Report on the cultivation and use of ganja
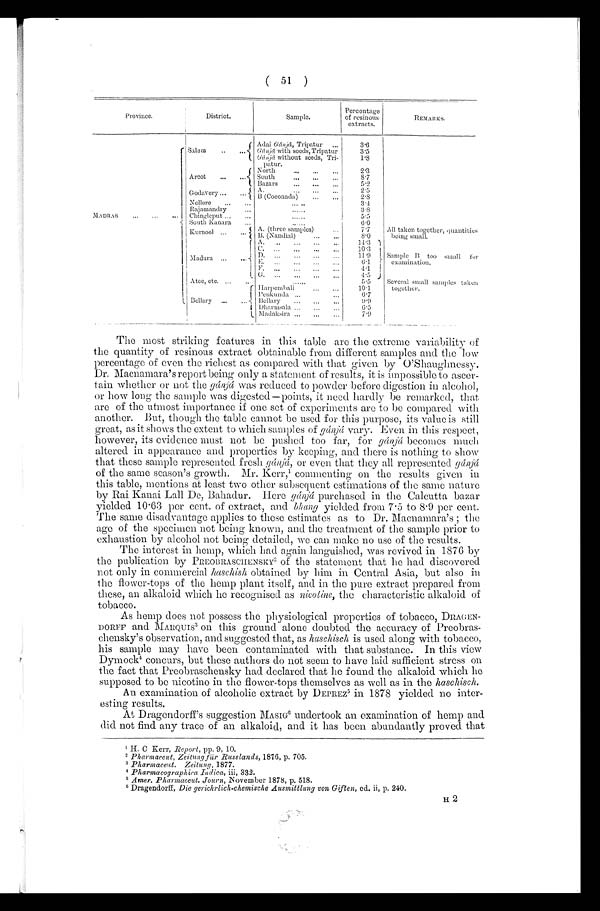
( 5 1 )
Province.
District.
Sample.
Percentage
of resinous
extracts.
REMARKS.
MADRAS . . .
Salem . . .
Ad a iGá n j a , Tr i pa t ur . . .
3.6
G á n j a w i t h s e e d s T r i p a t u r
3.5
Gánja without seeds, Tri-
patur.
1.8
Arcot . . .
2.3
North . . .
South . . .
8.7
Bazars . . .
5.2
Godavery . . .
A . . . .
2.5
B (Coconada) . . .
2.8
Nellore . . .
. . .
3.4
Rajamandry . . .
. . .
i
3.8
Chingleput . . .
. . .
5.5
South Kanara . . .
. . .
6.0
Kurnool . . .
A. (three samples) . . .
7.7
All taken together,
being small.
B., (Nandial) . . .
8.0
Madura . . .
A. . . .
14.3
Sample B too
examination.
C. . . .
10.3
D . . . .
11.9
E. . . .
6.1
F. . . .
4 . 1
G. . . .
4 .5
Atee, etc. . . .
. . .
5.5
Several small samples taken
together.
Bellary . . .
Ha rpembali . . .
10.1
Penkunda . . .
6.7
Bellary . . .
9.9
Dharmsala . . .
6-5
Madaksira . . .
7.9
The most striking features in this table are the extreme variability of
the quantity of resinous extract obtainable from different samples and the low
percentage of even the richest as compared with that given by O'Shaughnessy.
Dr. Macnamara's report being only a statement of results, it is impossible to ascer
- t a i n w h e t h e r o r n o t t h e g án
j á
w a s r e d u c e d t o p o w d e r b e f o r e d i g e s t i o n i n a l c o h o l ,
or how long the sample was digested—points, it need hardly be remarked, that
are of the utmost importance if one set of experiments are to be compared with
another. But, though the table cannot be used for this purpose, its value is still
great, as it shows the extent to which samples of gánjá vary. Even in this respect,
however, its evidence must not be pushed too far, for gánjá becomes much
altered in appearance and properties by keeping, and there is nothing to show
that these sample represented fresh gánjá, or even that they all represented gánjá
of the same season's growth. Mr. Kerr, 1 commenting on the results given in
this table, mentions at least two other subsequent estimations of the same nature
by Rai Kanai Lall De, Bahadur. Here gánjá purchased in the Calcutta bazar
yielded 10.63 per cent. of extract, and bhang yielded from 7 . 5 to 8 . 9 per cent.
The same disadvantage applies to these estimates as to Dr. Macnamara's ; the
age of the specimen not being known, and the treatment of the sample prior to
exhaustion by alcohol not being detailed, we can make no use of the results.
The interest in hemp, which had again languished, was revived in 1876 by
the publication by PREOBRASCHENSKY2 of the statement that lie had discovered
not only in commercial huschish obtained by him in Central Asia, but also in
the flower-tops of the hemp plant itself, and in the pure extract prepared from
these, an alkaloid which he recognised as nicotinc, the characteristic alkaloid of
tobacco.
As hemp does not possess the physiological properties of tobacco, DRAGEN
- D O R F F
a n d M A R Q U I S
3 on this ground alone doubted the accuracy of Preobras--
chensky's observation, and suggested that, as huschisch is used along with tobacco,
his sample may have been contaminated with that substance. In this view
D y mo c k 4 c o n c u r s , b u t t h e s e a u t h o r s d o n o t s e e m t o h a v e l a i d s u f f i c i e n t s t r e s s o n
the fact that Preobraschensky had declared that he found the alkaloid which he
supposed to be nicotine in the flower-tops themselves as well as in the haschisch.
An examination of alcoholic extract by DEPREZ 3 in 1878 yielded no inter
- e s t i n g r e s u l t s .
At Dragendorff's suggestion MASIG6 undertook an examination of hemp and
did not find any trace of an alkaloid, and it has been abundantly proved that
1 H. C Kerr, Report, pp. 9, 10.
2Pharmaceut, Zeitung für Russlands, 1876, p. 705.
3 Pharmaceut. Zeitung, 1877.
Pharmacographica Indica, iii, 332.
5 Amer. Pharmaceut. Journ, November 1878, p. 518.
Dragendorff, Die gerichrlich-chemische Ausmittlung von Giften, ed. ii, p. 240.
11